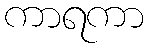
ကာရကာ